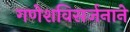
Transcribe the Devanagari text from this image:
गणेशविसर्जनाने